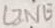
Text: LINE